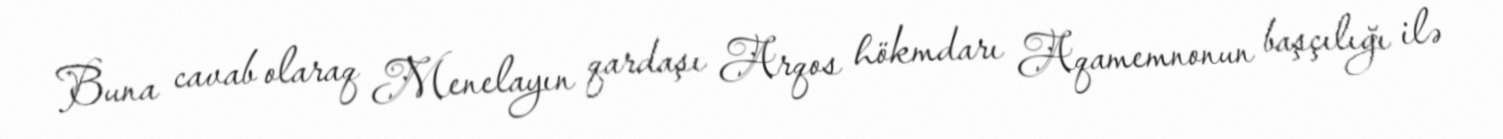
Buna cavab olaraq Menelayın qardaşı Arqos hökmdarı Aqamemnonun başçılığı ilə